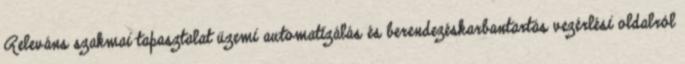
Releváns szakmai tapasztalat üzemi automatizálás és berendezéskarbantartás vezérlési oldalról